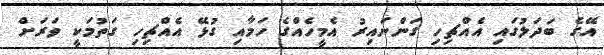
އޭގެ ބަދަލުގައި އެއްޗިހި ގަންނައިރު އެމީހެއްގެ ހަމާއި ގުޅޭ އެއްޗިހި ގަތުމަކީ ވަރަށް